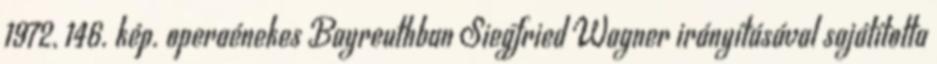
1972, 146. kép. operaénekes Bayreuthban Siegfried Wagner irányításával sajátította